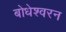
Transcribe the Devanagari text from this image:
बोधेश्वरन